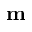
\mathbf { m }